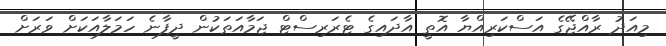
މިއަދު ރާއްޖޭގެ އަސްކަރިއްޔާ އޮތީ އާދައިގެ ޓެރަރިސްޓް ޖަމާއަތަކުން ދީފާނެ ހަމަލާއަަކަށް ވަރަށް